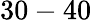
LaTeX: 30-40